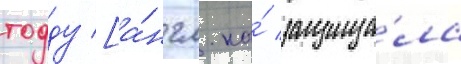
тодду [а́нгл. на́ защища́ла